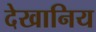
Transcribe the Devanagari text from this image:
देखानिय